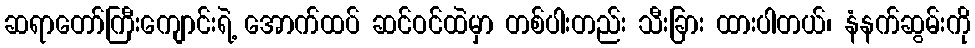
ဆရာတော်ကြီးကျောင်းရဲ့ အောက်ထပ် ဆင်ဝင်ထဲမှာ တစ်ပါးတည်း သီးခြား ထားပါတယ်၊ နံနက်ဆွမ်းကို